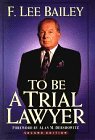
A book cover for To Be a Trial Lawyer; F. Lee Bailey; Law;